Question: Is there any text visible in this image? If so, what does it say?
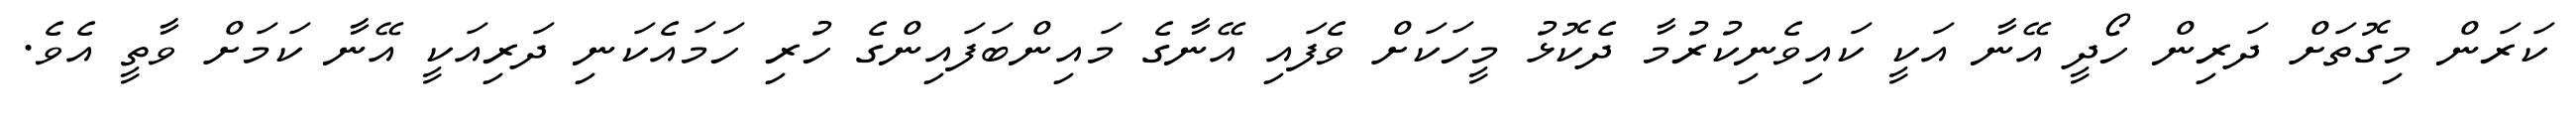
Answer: ކަރަން މިގޮތަށް ދަރިން ހޯދީ އޭނާ އަކީ ކައިވެނިކުރުމާ ދެކޮޅު މީހަކަށް ވެފައި އޭނާގެ މައިންބަފައިންގެ ހުރި ހަމައެކަނި ދަރިއަކީ އޭނާ ކަމަށް ވާތީ އެވެ.